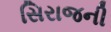
સિરાજની